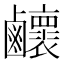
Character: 𪊉